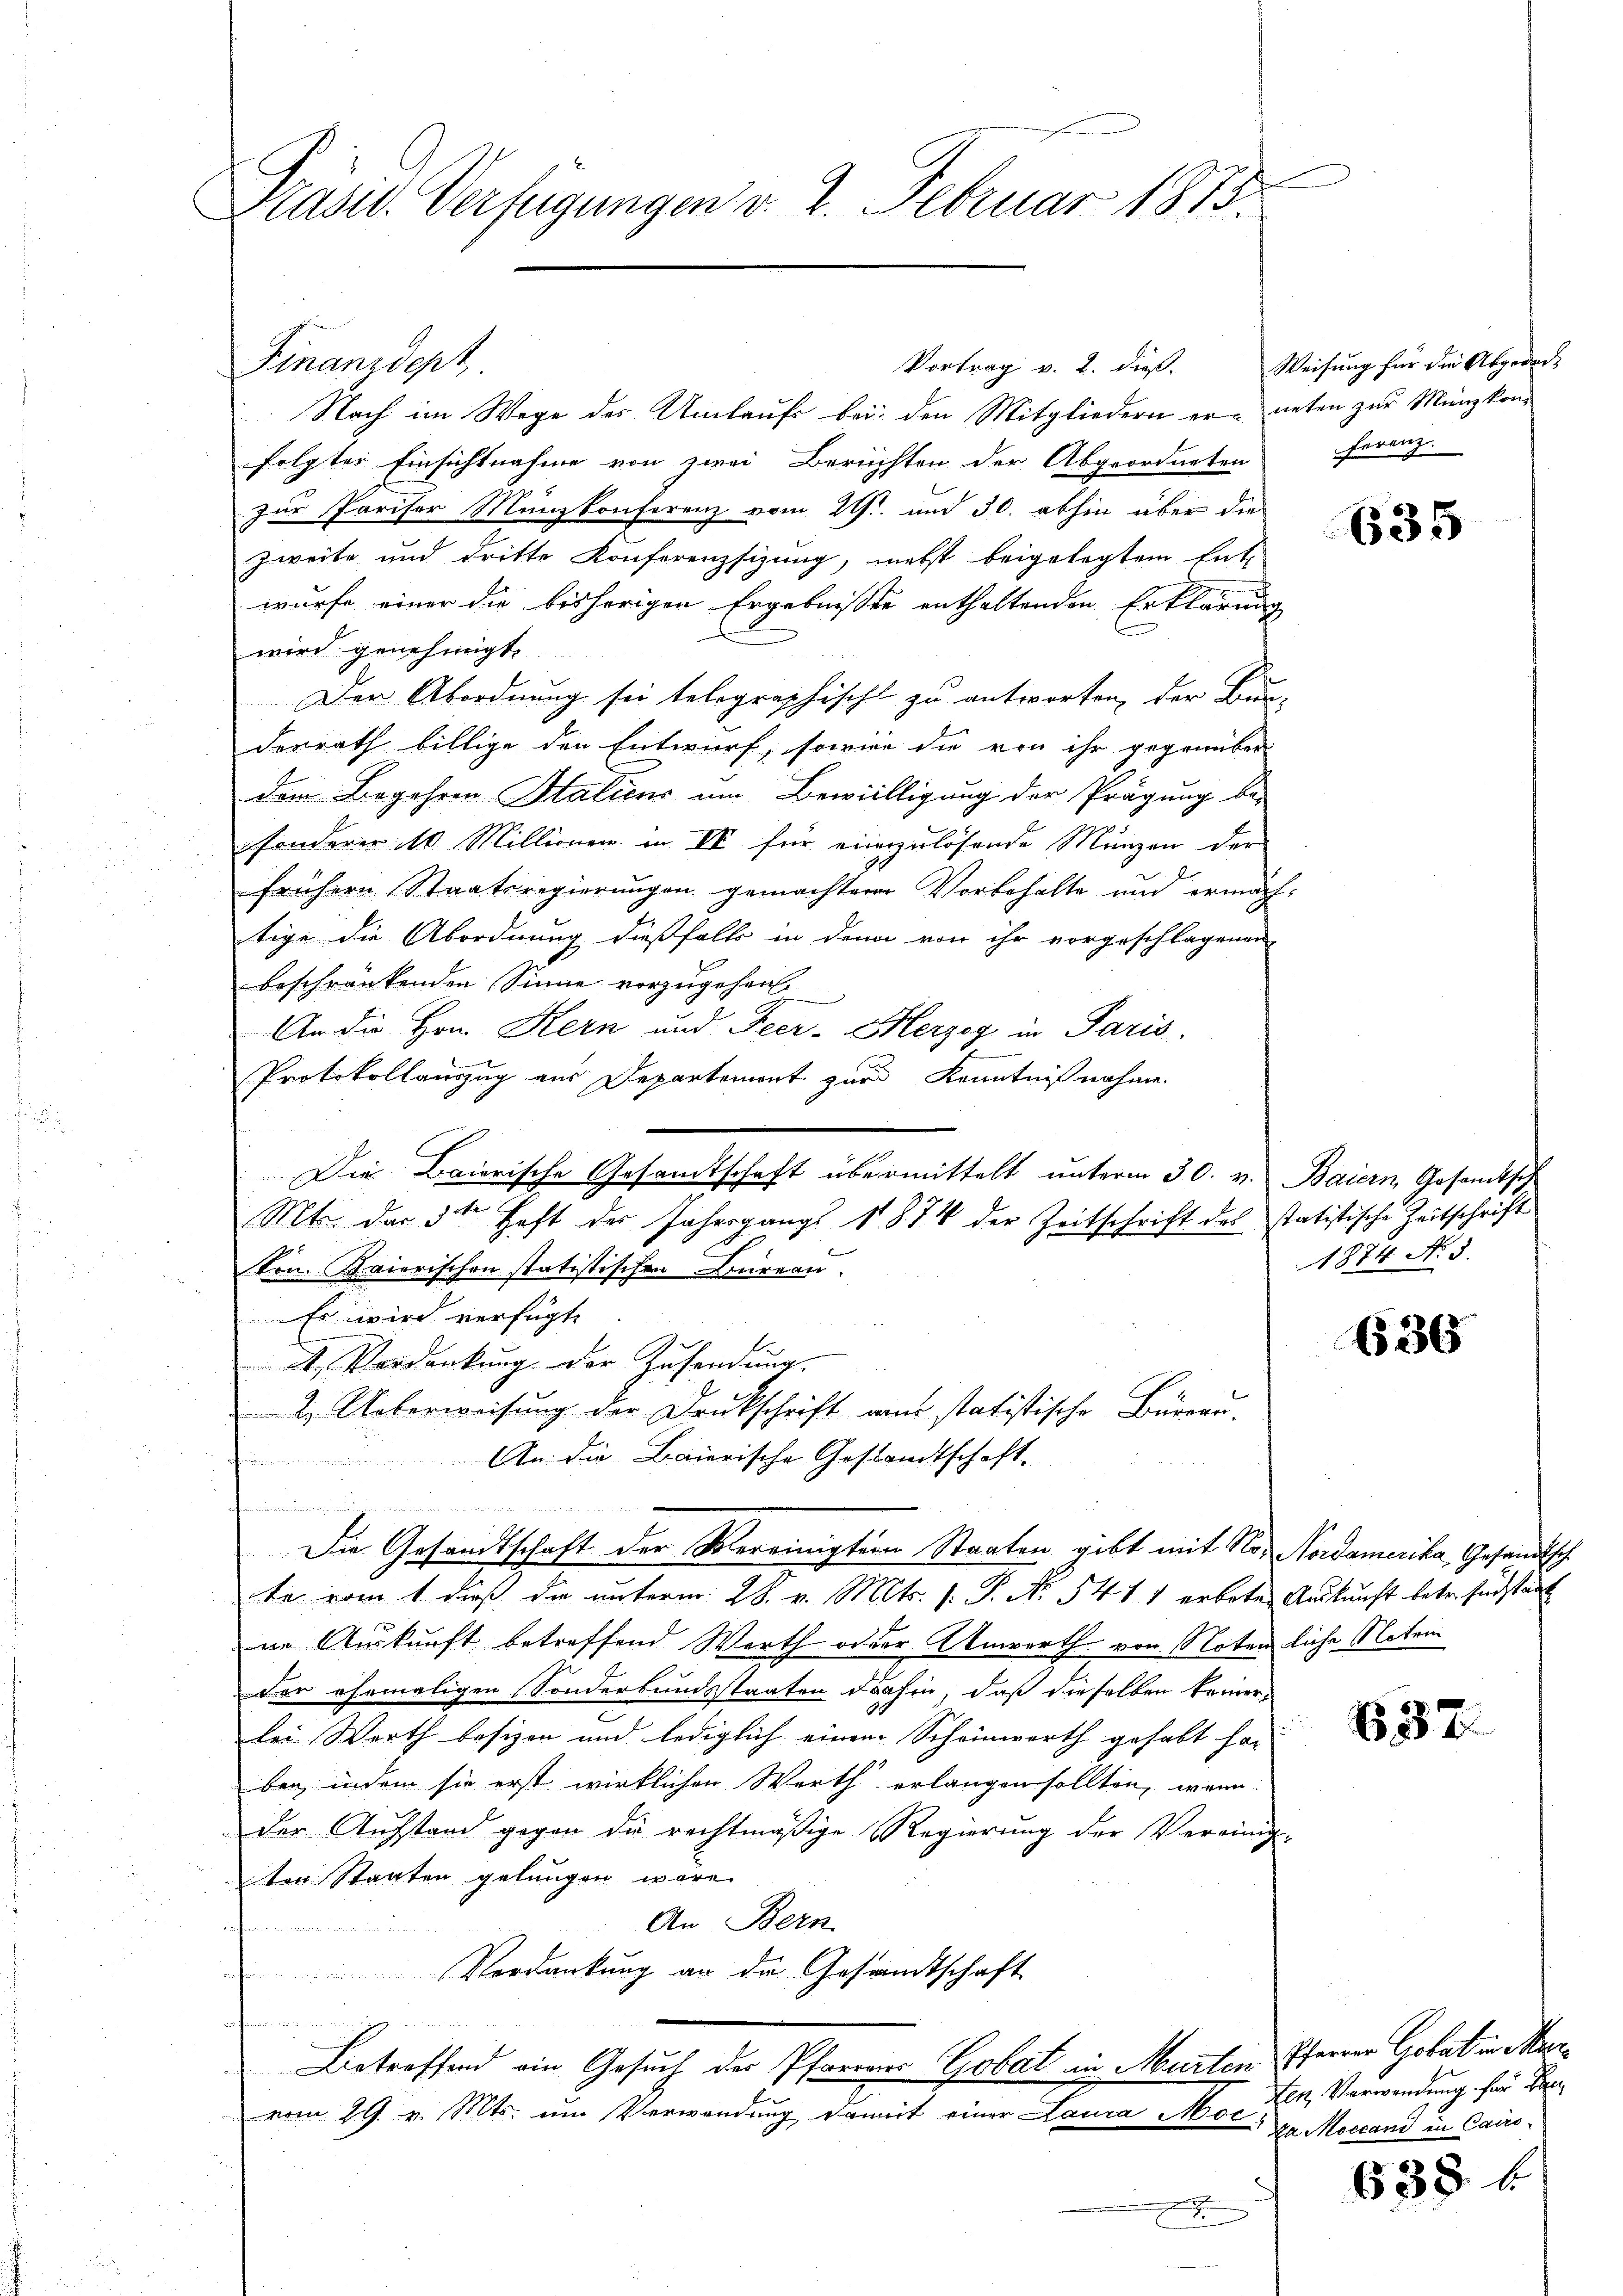
Präsid. Verfügungen v. 2. Februar 1873.

Vortrag v. 2. dieß.
Nach im Wege des Umlaufs bei den Mitgliedern er- unten zur Münzkom
folgter Einsichtnahme von zwei Berichten der Abgeordneten
zur Parisor Münzkonferenz vom 29t und 30. abhin über die
zweite und dritte Konferenzsizung, nebst beigelegtem Ent-
wurfe einer die bisherigen Ergebnissen enthaltenden Erklärung
wird genehmigt.
Der Abordnung sei telegraphische zu antworten, der Bun-
denrath billige den Entwurf, sowie die von ihr gegenüber
dem Begehren Stalicus um Bewilligung der Prägung be-
sonderer 10 Millionen in IV für einzulösende Münzen der
frühern Staatsregierungen gemachten Vorbehalte und ermäch-
tige die Abordnung dießfalls in den von ihr vorgeschlagenen
beschränkenden Sinne vorzugehen.
An die Hrn. Kern und Feer- Herzog in Paris,
.
Protokollauszug aus Departemont zur Kenntnißnahme.
Mt. das 3ten Heft des Jahrsgangs 1874 der Zeitschrift des statistische Zeitschrift
Ton. Kaierischen statistischen Büreau.
Es wird verfügte
 Verdankung der Zusendung.
2. Ueberweisung der Drukschrift aus statistische Büreau.
An die Baierische Gestandtschaft.
.
Die Gesandtschaft der Vereinigten Staaten gibt mit No. Nordamerika, Gesandtsch
te vom 1. daß die unterm 28. v. Mts. v. P. No 541 1 erbote Auskunft betr. Endstant
ne Auskunft betreffend Werth oder Anwerth von Notenliche Noten
der ehemaligen Sonderbundsstaaten dahin, daß dieselben keiner
lei Werth besizen und lediglich einen Scheinwerth gehabt har-
ben, indem sie erst wirklichen Werth erlangen sollten, wenn
der Aufstand gegen die rechtmäßige Regierung der Vereinig-
ter Staaten gelangen wäre.
An Bern.
 nenneren   den keine
Verdankŭng an da Gesandtschaft

Betreffend ein Gesuch der Pfarrerer Gobat in Murten Pfarrer Gobat in Marvom 29. v. Mts. um Verwendung damit einer Laura Mor, zu Morcand in Cairo¬

Finanzdept,

Die Baierische Gesamtschaft übermittelt unterm 30. v. Baiern, Gesamtsch

F

Weisung für die Abgedach
Feranz.

635

1874. No 5.

636

637.

den Verwendung für Ben

638